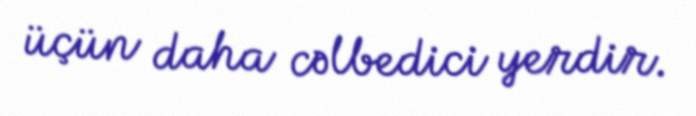
üçün daha cəlbedici yerdir.